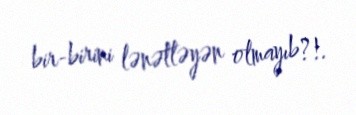
bir-birini lənətləyən olmayıb?!.